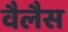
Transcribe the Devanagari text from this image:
वैलैस